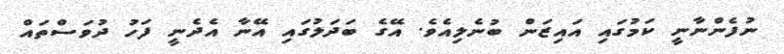
ނުފެންނާނީ ކަމުގައި އައިޒަން ބުނެލިއެވެ. އޭގެ ބަދަލުގައި އޭނާ އެދެނީ ފަހު ދުވަސްތައް